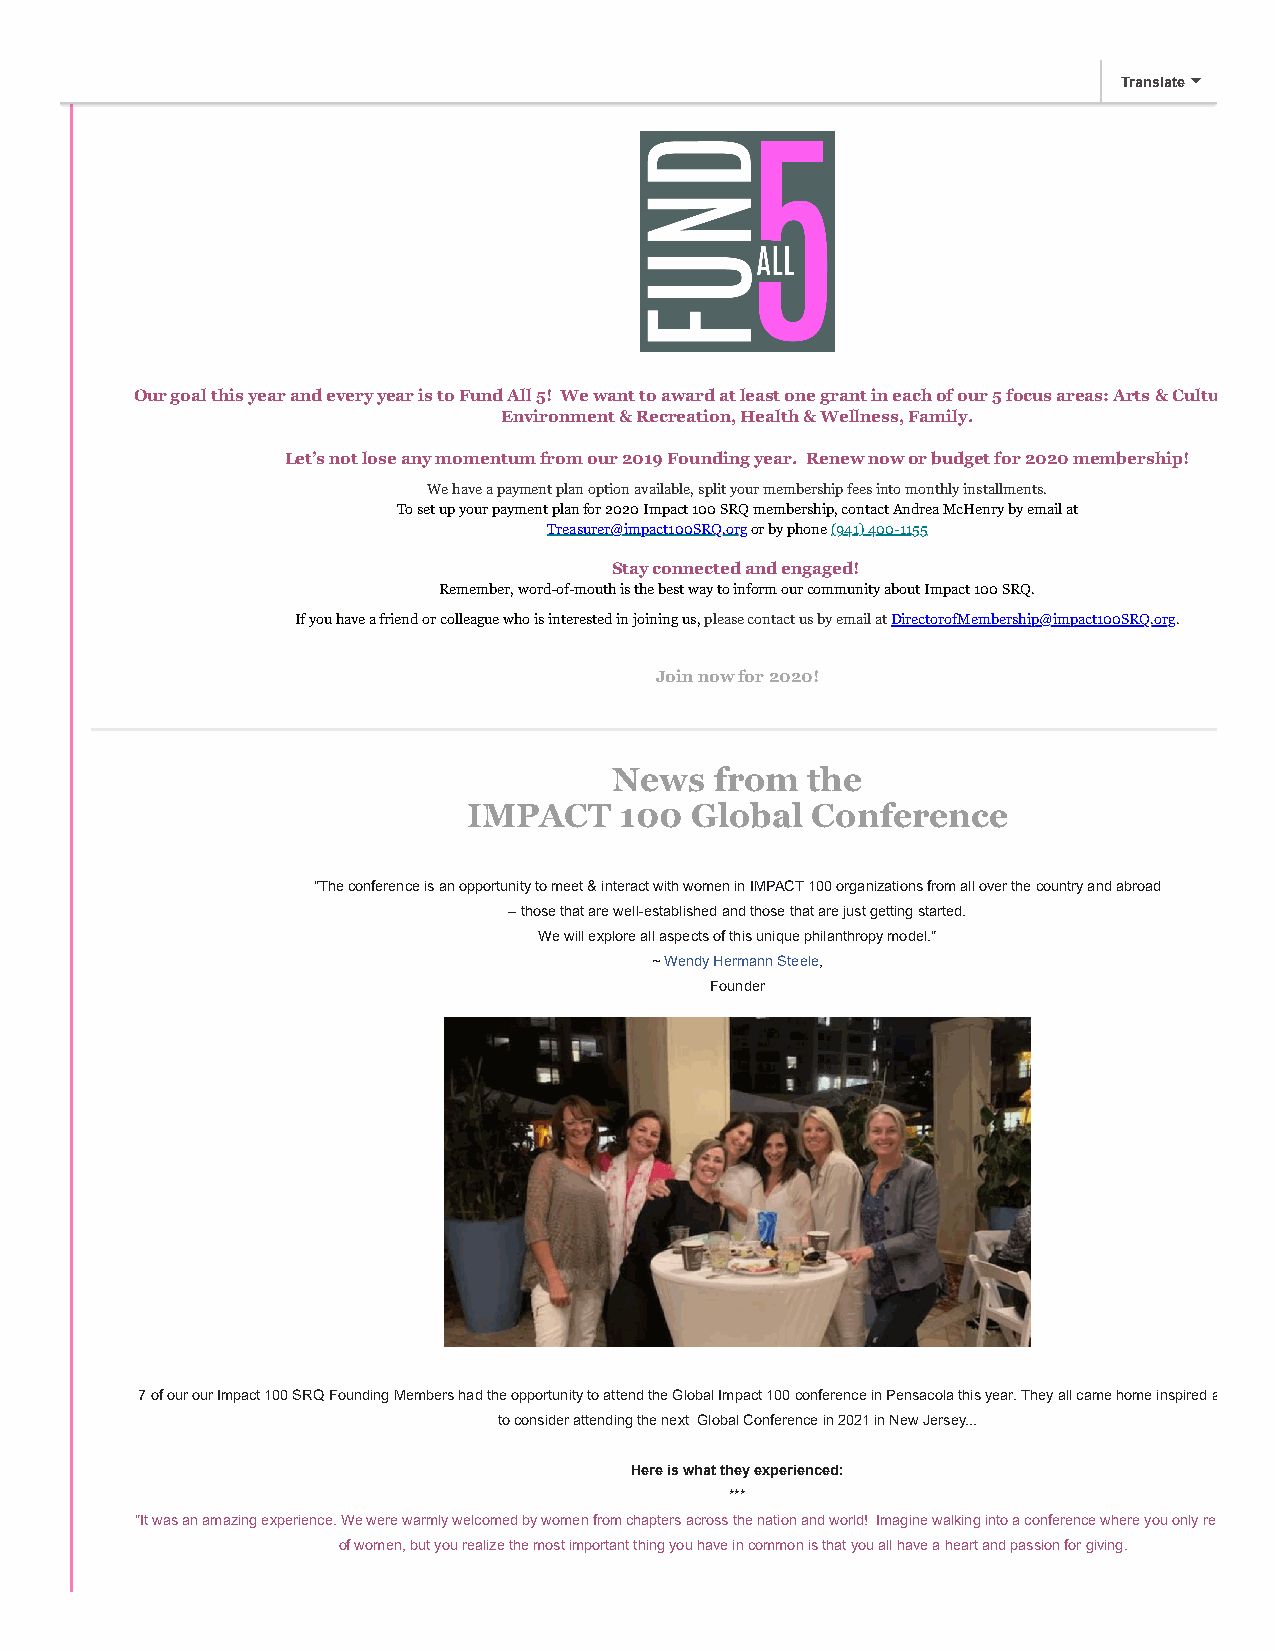
2020   Membership     Renewal
 Translate
 Our goal this year and every year is to Fund All 5! We want to award at least one grant in each of our 5 focus areas: Arts & Cultu
 Environment & Recreation, Health & Wellness, Family.
 Let’s not lose any momentum from our 2019 Founding year. Renew now or budget for 2020 membership!
 We have a payment plan option available, split your membership fees into monthly installments.
 To set up your payment plan for 2020 Impact 100 SRQ membership, contact Andrea McHenry by email at
 Treasurer@impact100SRQ.org or by phone (941) 400-1155
 Stay connected and engaged!
 Remember, word-of-mouth is the best way to inform our community about Impact 100 SRQ.
 If you have a friend or colleague who is interested in joining us, please contact us by email at DirectorofMembership@impact100SRQ.org.
 Join now for 2020!
 News  from  the
 IMPACT    100  Global  Conference
 "The conference is an opportunity to meet & interact with women in IMPACT 100 organizations from all over the country and abroad
 – those that are well-established and those that are just getting started.
 We will explore all aspects of this unique philanthropy model."
 ~ Wendy Hermann Steele,
 Founder
 7 of our our Impact 100 SRQ Founding Members had the opportunity to attend the Global Impact 100 conference in Pensacola this year. They all came home inspired a
 to consider attending the next Global Conference in 2021 in New Jersey...
 Here is what they experienced:
 ***
 "It was an amazing experience. We were warmly welcomed by women from chapters across the nation and world! Imagine walking into a conference where you only re
 of women, but you realize the most important thing you have in common is that you all have a heart and passion for giving.